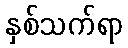
နှစ်သက်ရာ